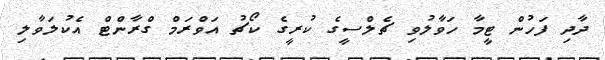
ދާދި ފަހުން ޓީމާ ހަވާލުވި ޗެލްސީގެ ކުރީގެ ކޯޗު އަވްރަމް ގްރާންޓް އެކުލަވާލި